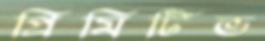
প্রিমিটিভ